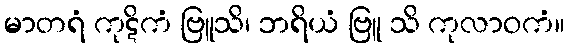
မာတရံ ကုဋိကံ ဗြူသိ၊ ဘရိယံ ဗြူ သိ ကုလာဝကံ။